Plague in India, 1896, 1897 - Volume 1
Year: 1896
Disease focus: Plague
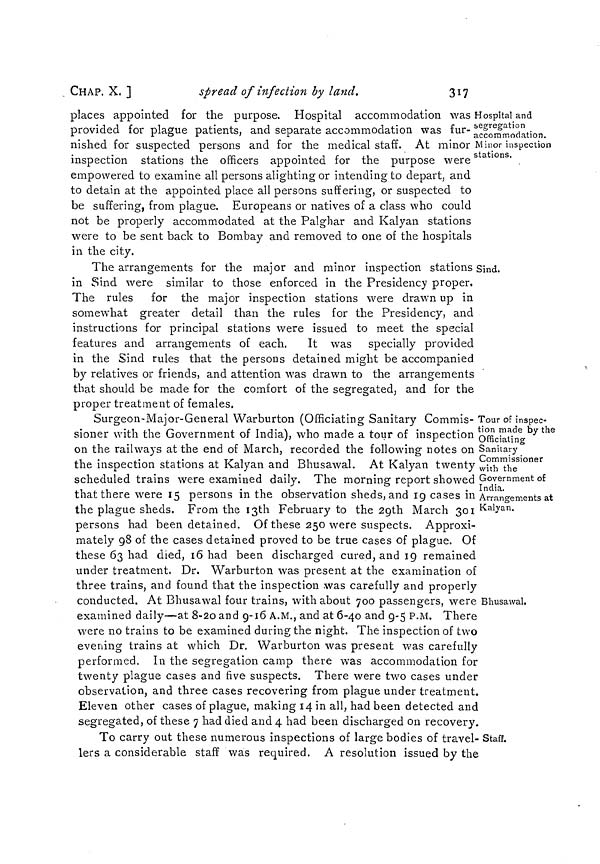
CHAP. X, ]
spread of infection by land.
Hospital and
segregation
accommodation.
Minor inspection
stations.
places appointed for the purpose. Hospital accommodation was
provided for plague patients, and separate accommodation was fur-
nished for suspected persons and for the medical staff. At minor
inspection stations the officers appointed for the purpose were
empowered to examine all persons alighting or intending to depart, and
to detain at the appointed place all persons suffering, or suspected to
be suffering, from plague. Europeans or natives of a class who could
not be properly accommodated at the Palghar and Kalyan stations
were to be sent back to Bombay and removed to one of the hospitals
in the city.
Sind.
The arrangements for the major and minor inspection stations
in Sind were similar to those enforced in the Presidency proper.
The rules for the major inspection stations were drawn up in
somewhat greater detail than the rules for the Presidency, and
instructions for principal stations were issued to meet the special
features and arrangements of each.
It was specially provided
in the Sind rules that the persons detained might be accompanied
by relatives or friends, and attention was drawn to the arrangements
that should be made for the comfort of the segregated, and for the
proper treatment of females,
Tour of inspec-
tion made by the
Officiating
Sanitary
Commissioner
with the
Government of
India.
Arrangements at
Kalyan.
Bhusawal.
Surgeon-Major-General Warburton (Officiating Sanitary Commis-
sioner with the Government of India), who made a tour of inspection
on the railways at the end of March, recorded the following notes on
the inspection stations at Kalyan and Bhusawal. At Kalyan twenty
scheduled trains were examined daily. The morning report showed
that there were 15 persons in the observation sheds, and 19 cases in
the plague sheds. From the 13th February to the 29th March 301
persons had been detained. Of these 250 were suspects. Approxi-
mately 98 of the cases detained proved to be true cases of plague. Of
these 63 had died, 16 had been discharged cured, and 19 remained
under treatment. Dr. Warburton was present at the examination of
three trains, and found that the inspection was carefully and properly
conducted. At Bhusawal four trains, with about 700 passengers, were
examined daily—at 8-20 and 9-16 A.M., and at 6-40 and 9-5 P.M. There
were no trains to be examined during the night. The inspection of two
evening trains at which Dr. Warburton was present was carefully
performed. In the segregation camp there was accommodation for
twenty plague cases and five suspects. There were two cases under
observation, and three cases recovering from plague under treatment.
Eleven other cases of plague, making 14 in all, had been detected and
segregated, of these 7 had died and 4 had been discharged on recovery.
Staff.
To carry out these numerous inspections of large bodies of travel-
lers a considerable staff was required. A resolution issued by the